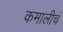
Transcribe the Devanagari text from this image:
कमालीचं